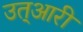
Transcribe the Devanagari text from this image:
उत्आरी